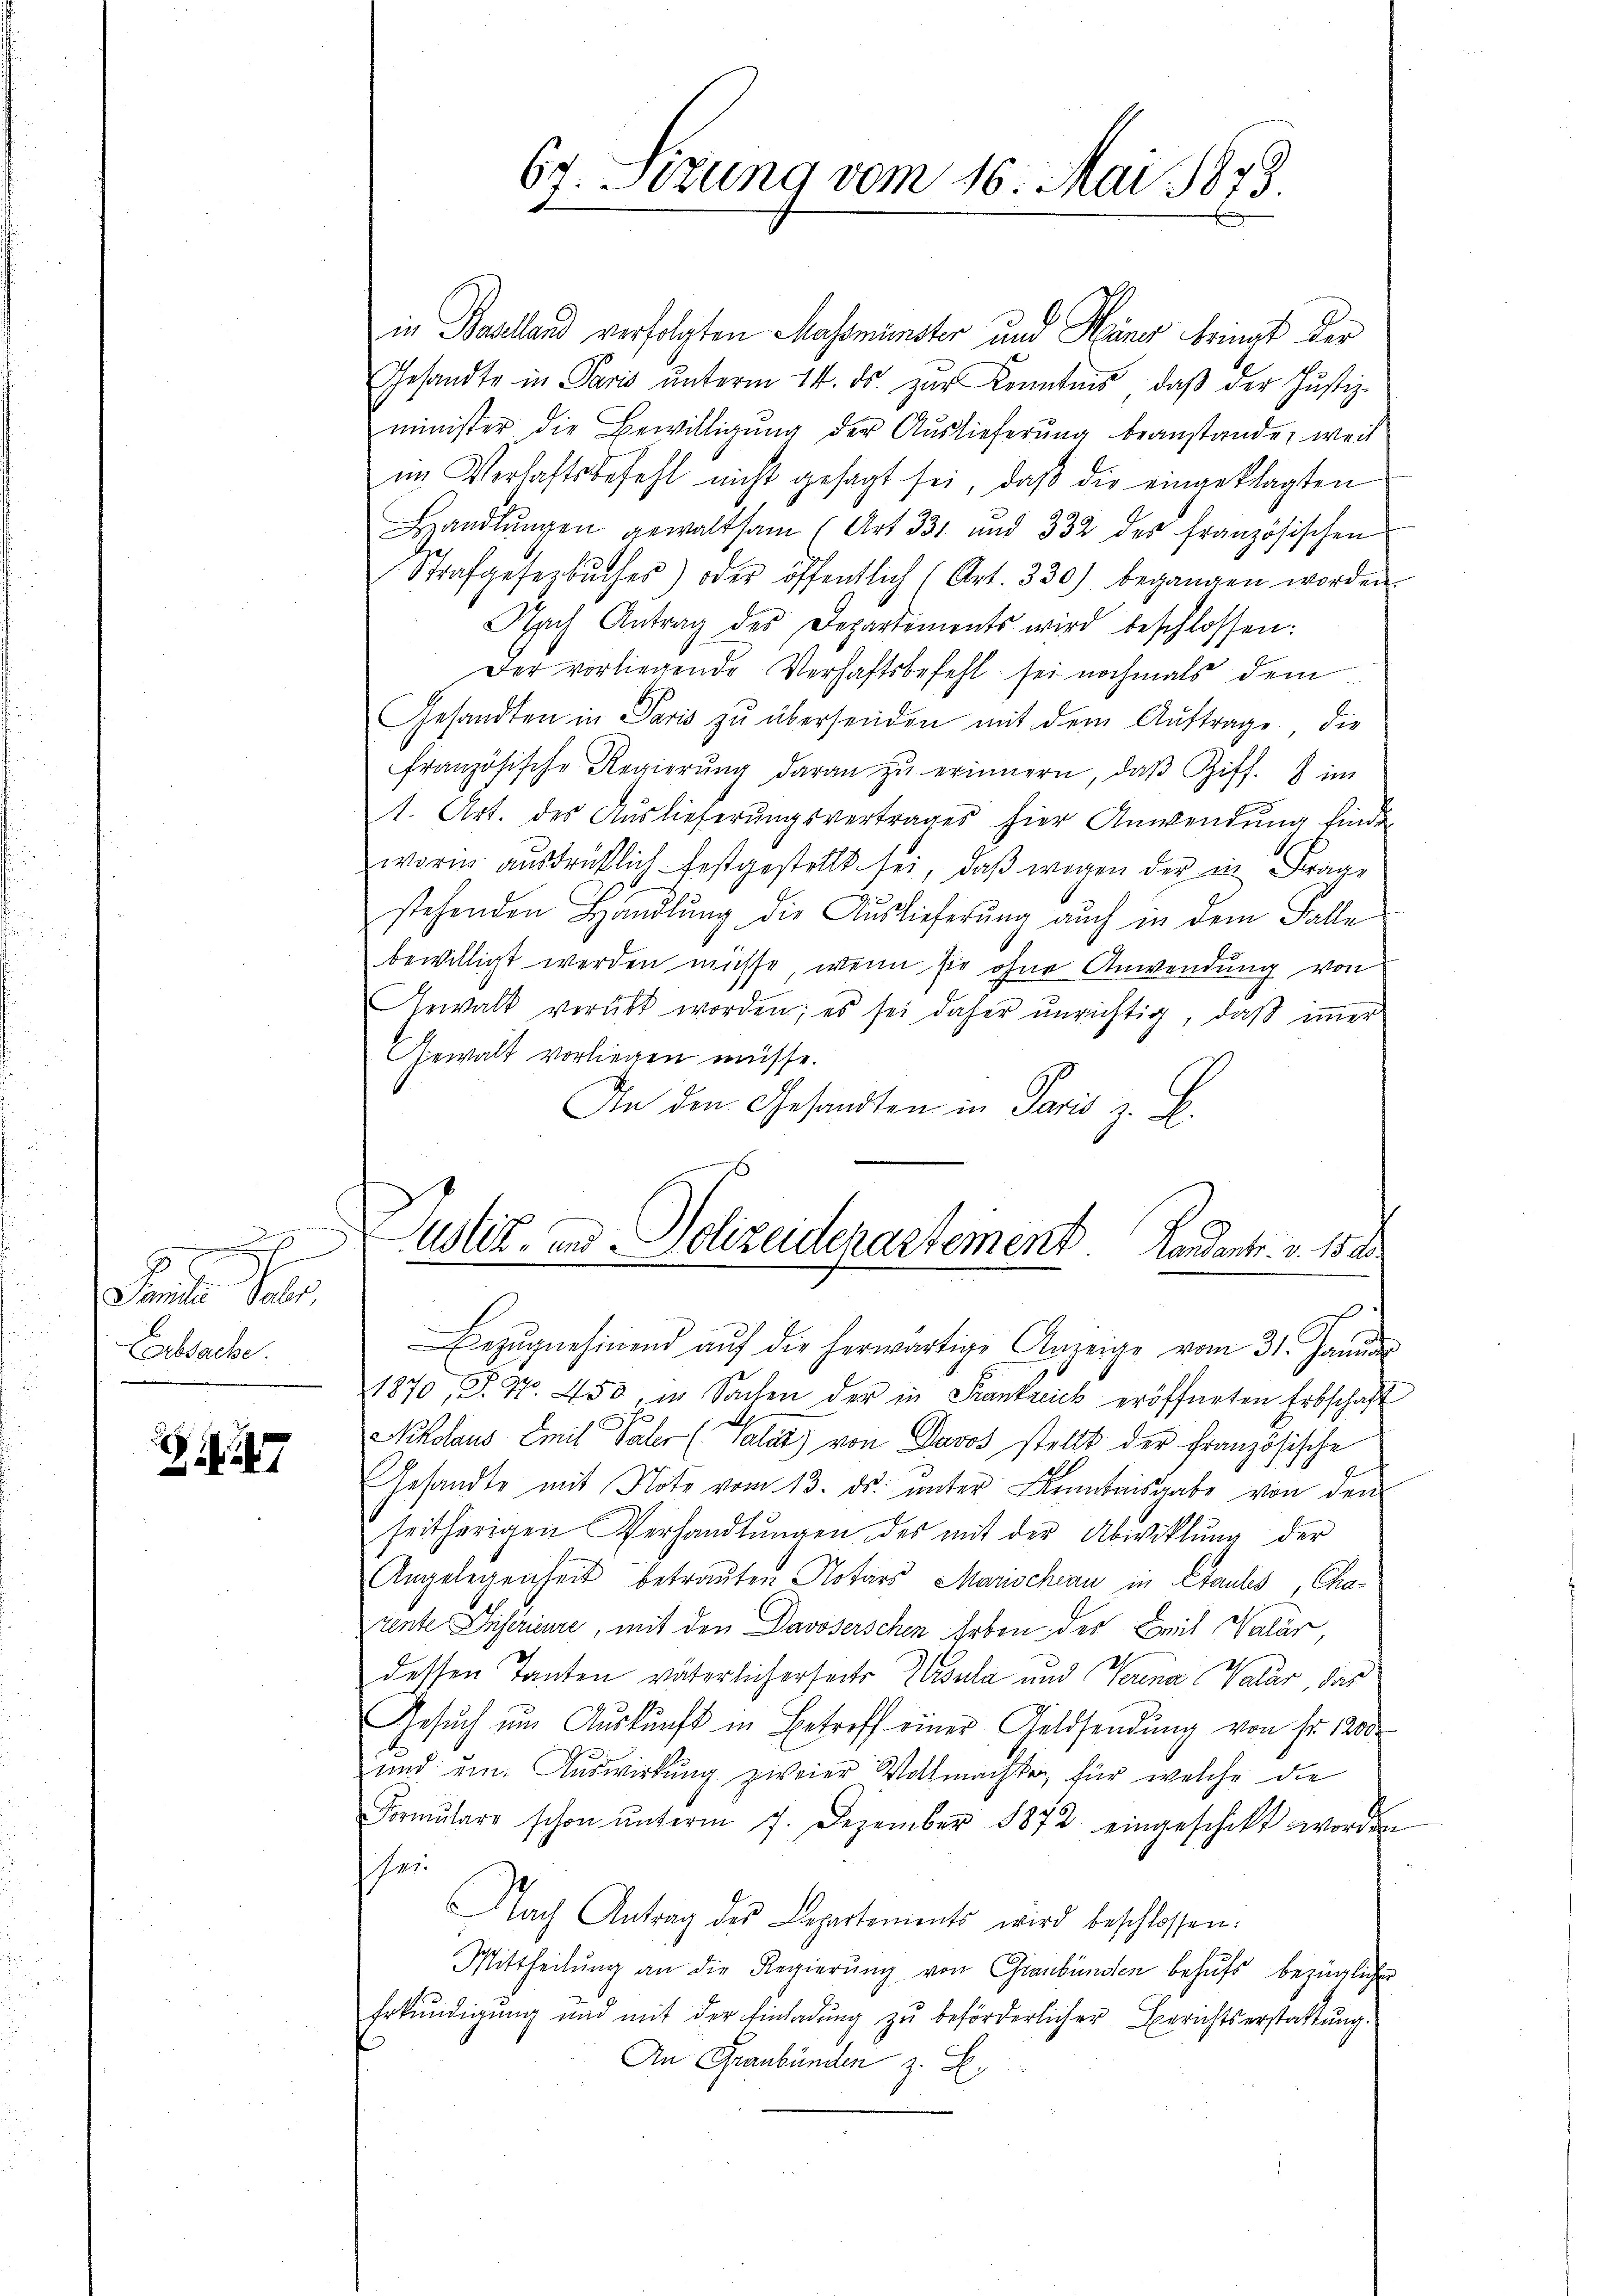
.
E
Familie Paler
Erbsache

Er Sizung vom 16. Mai 1873.

in Bealland verfolgten Masmünster und Hüner bringt der
Gesandte in Paris ŭnterm 14. ds. zur Kenntnis, daβ der Justiz-
minister die Bewilligŭng der Auslieferŭng beanstande, weil
im Verhaftsbefehl nicht gesagt sei, daβ die eingeklagten
Handlŭngen gewaltsam (Art. 331 und 332 des französischen
Strafgesezbŭches) oder öffentlich (Art. 330) begangen worden.
Nach Antrag des Departements wird beschlossen:
Der vorliegende Verhaftsbefehl sei nochmals dem
Gesandten in Paris zŭ übersenden mit dem Auftrage die
französische Regierŭng daran zŭ erinnern, daβ Ziff. 8 im
1. Art. des Auslieferungsvertrages hier Anwendung finde
worin aŭsdrüklich festgestellt sei, daβ wegen der in Frage
stehenden Handlung, die Auslieferung auch in dem Falle
bewilligt werden müsse, wenn sie ohne Anwendung von
Gewalt verübt worden; es sei daher unrichtig, daß immer
Gewalt vorliegen müsse.
An den Gesandten in Paris z. B.
Justiz- und Polizeiderastement Landant. v. 151
wir
Bezŭgnehmend aŭf die herwärtige Anzeige vom 31. Janŭar
1870, P. Nr. 450, in Sachen der in Frankreich eröffneten Erbschaft
Nikolaus Emil Paler (Salat) von Davos stellt der Französische
Gesandte mit Note vom 13. ds. ŭnter Anmtaisgabe von den
seitherigen Verhandlŭngen des mit der Abwiklŭng der
Angelegenheit betrauten Notars Marischern in Stauls Charente Diserieure, mit den Davoserschen Erben des Zeit Salär
dessen Tanten väterlicherseits Gedula und Verina Valar, das
Gesŭch ŭm Aŭskŭnft in Betreff einer Geldsendŭng von fr. 1200.
und um. Auswirkung zweier Vollmachte, für welche die
Formulare schon ŭnterm 7. Dezember 1872 eingeschikt worden
hei
Nach Antrag des Departements wird beschlossen:
Mittheilŭng an die Regierŭng von Graubünden behŭfs bezügliche
Erkŭndigŭng und mit der Einladŭng zŭ beförderlicher Berichtserstattŭng.
An Graubünden z. B.